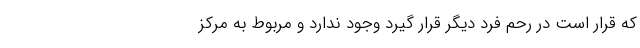
که قرار است در رحم فرد دیگر قرار گیرد وجود ندارد و مربوط به مرکز